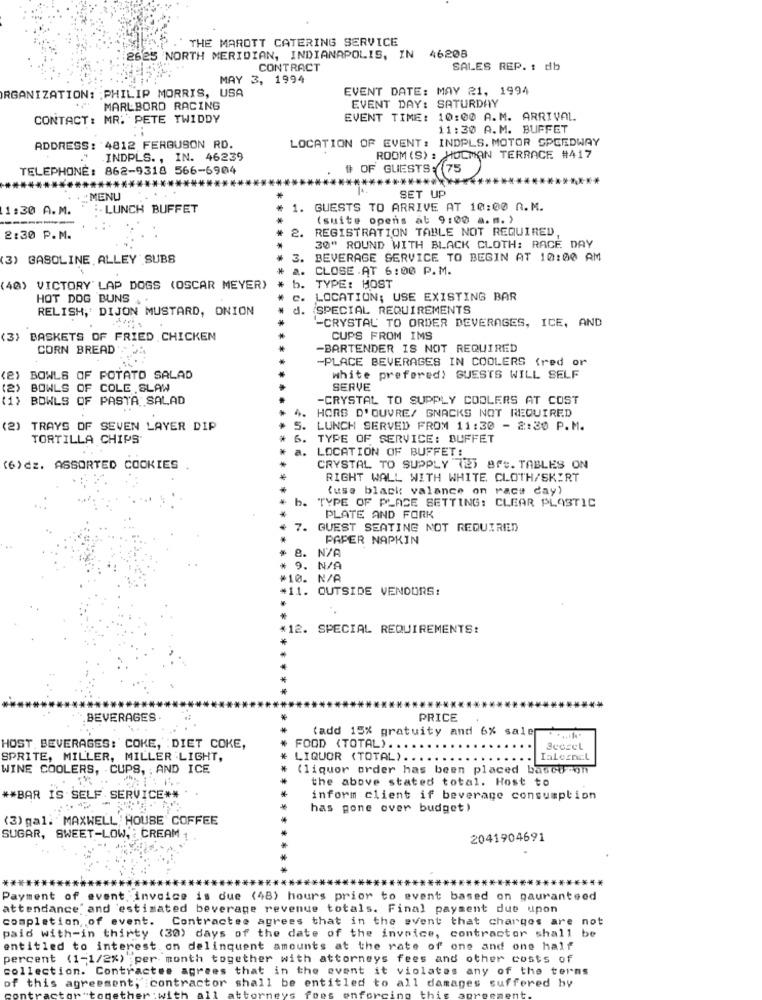
THE MAROTT CATERING SERVICE
2625 NORTH MERIDIAN, INDIANAPOLIS, IN 46208
CONTRACT
SALES REP. : db
MAY 3, 1994
ORGANIZATION: : PHILIP MORRIS, USA
EVENT DATE: MAY 21, 1994
MARLBORO RACING
EVENT DAY: SATURDAY
CONTACT: MR. PETE TWIDDY
EVENT TIME: 10:00 A.M. ARRIVAL
11:30 A.M. BUFFET
ADDRESS: 4812 FERGUSON RD.
LOCATION OF EVENT: INDPLS. MOTOR SPEEDWAY
.INDPLS ., IN. 46239
ROOM (S) : HOCMON TERRACE #417
TELEPHONE: 862-9318 566-6904
# OF GUESTS: 75
******
: MENU
SET UP
1:30 A.M.
:. LUNCH BUFFET
1. GUESTS TO ARRIVE AT 10:00 A.M.
(suite opens at 9:00 a. m. )
****
2.
REGISTRATION TABLE NOT REQUIRED,
2:30 P.M.
30" ROUND WITH BLACK CLOTH: RACE DAY
(3) GASOLINE, ALLEY SUBS
3.
BEVERAGE SERVICE TO BEGIN AT 10:00 AM
a.
CLOSE .AT 6:00 P.M.
(40) VICTORY LAP DOGS (OSCAR MEYER)
* *
b.
TYPE: HOST
HOT DOG BUNS . .
e.
LOCATION; USE EXISTING BAR
RELISH, DIJON MUSTARD, ONION
d.
SPECIAL REQUIREMENTS
-CRYSTAL TO ORDER BEVERAGES, ICE, AND
(3) BASKETS OF FRIED CHICKEN
CUPS FROM IMS
CORN BREAD
-BARTENDER IS NOT REQUIRED
-PLACE BEVERAGES IN COOLERS (red or
BOWLS OF POTATO SALAD
white prefered) GUESTS WILL SELF
(2)
BOWLS OF COLE SLAW
SERVE
(1) BOWLS OF PASTA SALAD
-CRYSTAL TO SUPPLY COOLERS AT COST
HORS D' OUVRE/ SNACKS NOT REQUIRED
(2) TRAYS OF SEVEN LAYER DIP
LUNCH SERVED FROM 11:30 - 2:30 P.M.
TORTILLA CHIPS
TYPE OF SERVICE: BUFFET
LOCATION OF BUFFET:
(6)cz. ASSORTED COOKIES
CRYSTAL TO SUPPLY 727 8Ft. TABLES ON
RIGHT WALL WITH WHITE CLOTH/SKIRT
(use black valance on race day)
TYPE OF PLACE SETTING: CLEAR PLASTIC
PLATE AND FORK
7. GUEST SEATING NOT REQUIRED
PAPER NAPKIN
8.
* 9. N/A
#10. N/A
#11. OUTSIDE VENDORS:
*12. SPECIAL REQUIREMENTS:
BEVERAGES
PRICE
(add 15% gratuity and 6% sale
HOST BEVERAGES: COKE, : DIET COKE,
FOOD (TOTAL). .
Beccel
SPRITE, MILLER, MILLER LIGHT,
LIQUOR (TOTAL) ....
WINE COOLERS, CUPS, : AND ICE
(liquor order has been placed basco -on
the above stated total. Host to
** BAR IS SELF SERVICE##
inform client if beverage consumption
has gone over budget)
(3) gal: MAXWELL HOUSE COFFEE
SUGAR, SWEET-LOW, CREAM
2041904691
Payment of event invoice is due (48) hours prior to event based on gauranteed
attendance and estimated beverage revenue totals. Final payment due upon
completion of event. Contractse agrees that in the event that charges are not
paid with-in thirty (30) days of the date of the invoice, contractor shall be
entitled to interest. on delinquent amounts at the rate of one and one half
percent (1-1/2%) per month together with attorneys fees and other costs of
collection. Contractee agrees that in the event it violates any of the terms
of this
ent, contractor shall be entitled to all damages suffered by
rney
ing